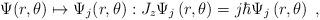
LaTeX: \begin{align*}\Psi(r,\theta)\mapsto \Psi_j(r,\theta): J_z\Psi_j\left( r,\theta\right)=j\hbar\Psi_j\left( r,\theta\right)\;,\end{align*}